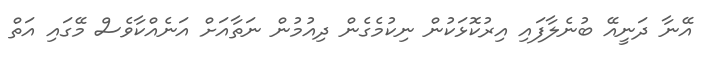
އޭނާ ދަނީއޭ ބުނެލާފައި އިރުކޮޅަކުން ނިކުމެގެން ދިއުމުން ނަތާއަށް އަނެއްކާވެސް މޭގައި އަތް